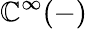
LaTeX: \mathbb{C}^{\infty}(-)